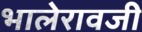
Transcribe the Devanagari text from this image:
भालेरावजी